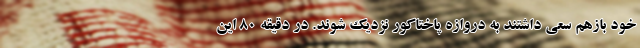
خود بازهم سعی داشتند به دروازه پاختاکور نزدیک شوند. در دقیقه ۸۰ این